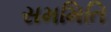
સમમિતિ